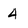
Character: 4